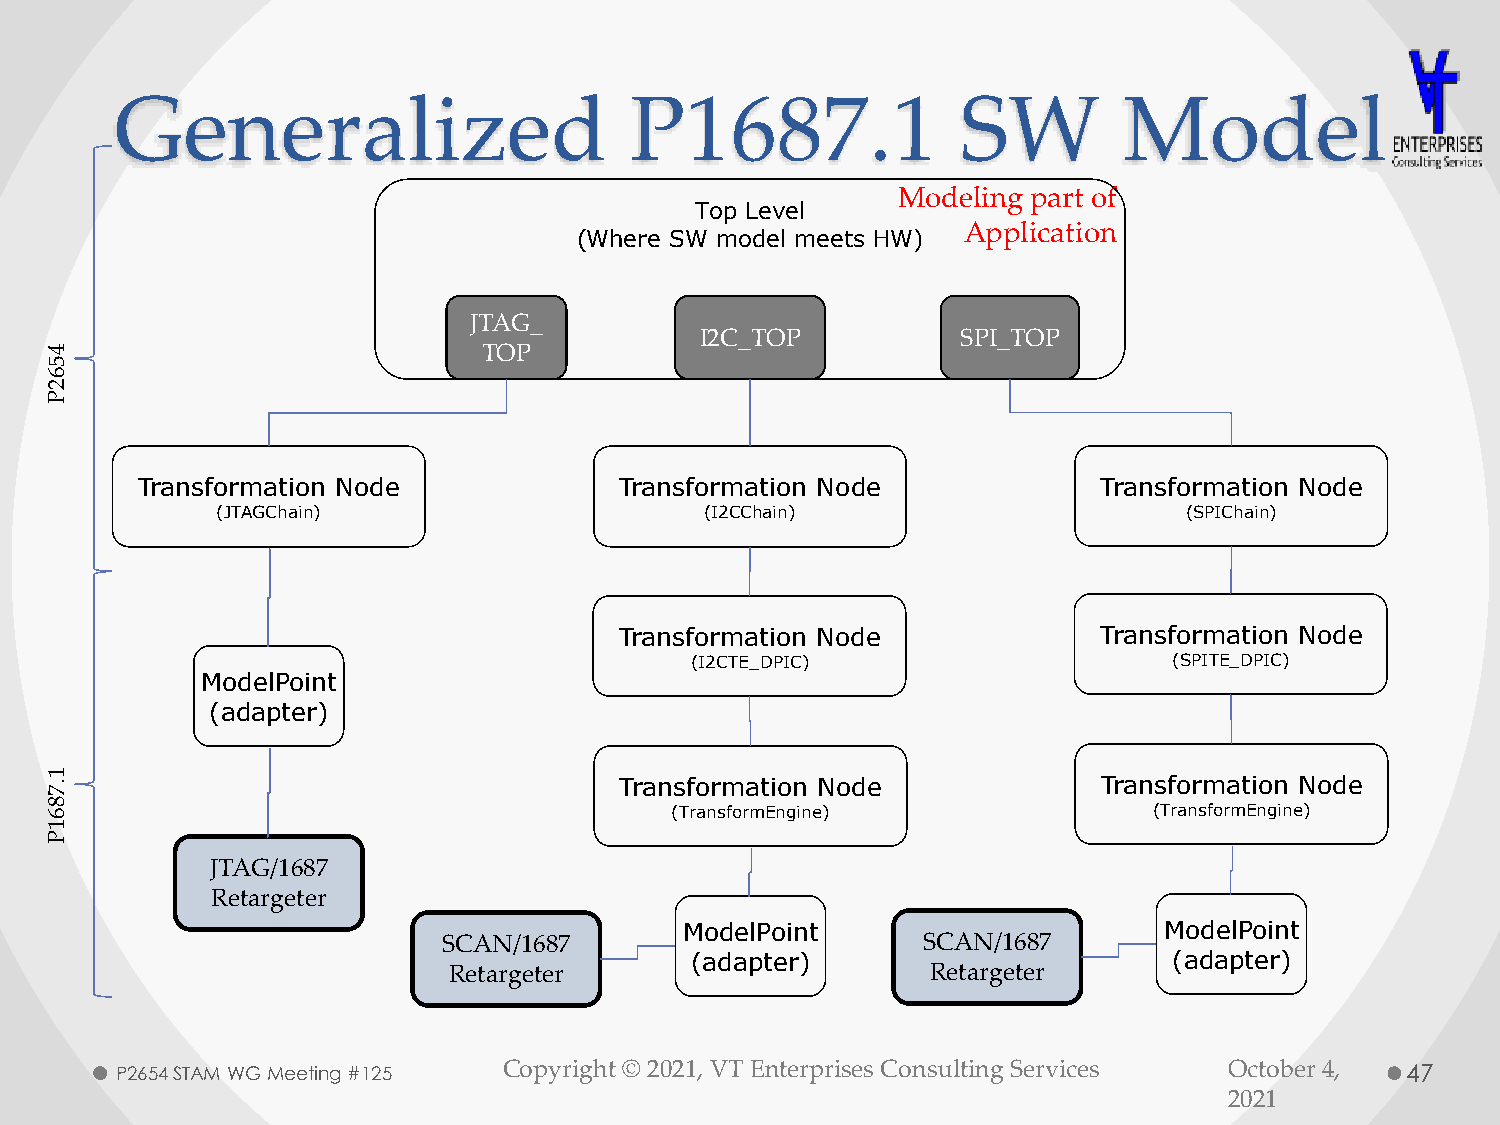
Generalized                       P1687.1               SW        Model
 Modeling part of
 Top Level
 Application
 (Where SW model meets HW)
 JTAG_
 I2C_TOP           SPI_TOP
 4                            TOP
 5
 6
 2
 P
 Transformation Node             Transformation Node             Transformation Node
 (JTAGChain)                      (I2CChain)                      (SPIChain)
 Transformation Node             Transformation Node
 (I2CTE_DPIC)                    (SPITE_DPIC)
 ModelPoint
 (adapter)
 1
 .7                                    Transformation Node             Transformation Node
 8
 6                                        (TransformEngine)               (TransformEngine)
 1
 P
 JTAG/1687
 Retargeter
 ModelPoint                      ModelPoint
 SCAN/1687                       SCAN/1687
 (adapter)                       (adapter)
 Retargeter                      Retargeter
 P2654 STAM WG Meeting #125 Copyright © 2021, VT Enterprises Consulting Services October 4, 47
 2021